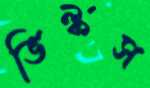
ভিল্কস